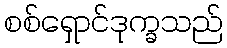
စစ်ရှောင်ဒုက္ခသည်